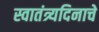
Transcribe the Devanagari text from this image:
स्वातंत्र्यदिनाचे